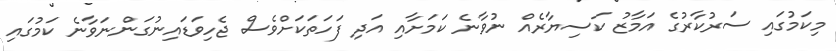
މިކަމުގައި ސަރުކާރުގެ އަމާޒު ކަސިޔާރެއް ނުވާނެ ކަމަށާއި އަދި ފަހަތަކަށްވެސް ޖެހިވަޑައިނުގަންނަވާނެ ކަމުގައި